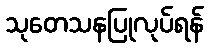
သုတေသနပြုလုပ်ရန်